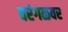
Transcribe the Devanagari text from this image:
वरंगळवर